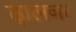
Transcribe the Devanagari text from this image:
ढ़ालना